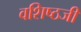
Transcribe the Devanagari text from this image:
वशिष्ठजी